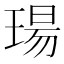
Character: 瑒